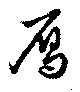
雁